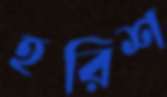
হরিশ